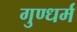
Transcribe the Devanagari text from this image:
गुण्धर्म